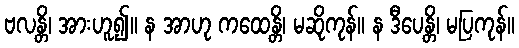
ဗလန္တိ၊ အားဟူ၍။ န အာဟု ကထေန္တိ၊ မဆိုကုန်။ န ဒီပေန္တိ၊ မပြကုန်။